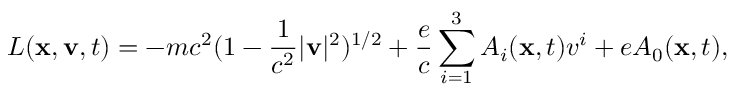
L ( { \bf x } , { \bf v } , t ) = - m c ^ { 2 } ( 1 - \frac { 1 } { c ^ { 2 } } | { \bf v } | ^ { 2 } ) ^ { 1 / 2 } + \frac { e } { c } \sum _ { i = 1 } ^ { 3 } A _ { i } ( { \bf x } , t ) v ^ { i } + e A _ { 0 } ( { \bf x } , t ) ,